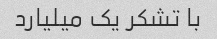
با تشکر یک میلیارد